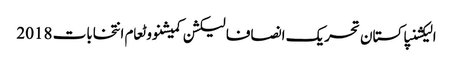
الیکشنپاکستان تحریک انصافالیکشن کمیشنووٹعام انتخابات 2018